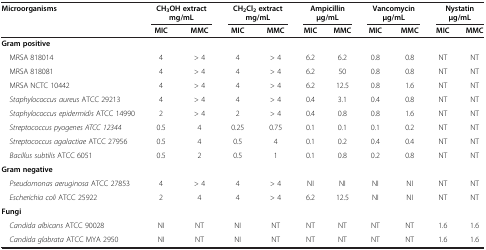
<table><thead><tr><td rowspan="2"><b>Microorganisms</b></td><td colspan="2"><b>CH<sub>3</sub>OH extract mg/mL</b></td><td colspan="2"><b>CH<sub>2</sub>Cl<sub>2 </sub>extract mg/mL</b></td><td colspan="2"><b>Ampicillin μg/mL</b></td><td colspan="2"><b>Vancomycin μg/mL</b></td><td colspan="2"><b>Nystatin μg/mL</b></td></tr><tr><td><b>MIC</b></td><td><b>MMC</b></td><td><b>MIC</b></td><td><b>MMC</b></td><td><b>MIC</b></td><td><b>MMC</b></td><td><b>MIC</b></td><td><b>MMC</b></td><td><b>MIC</b></td><td><b>MMC</b></td></tr></thead><tbody><tr><td><b>Gram positive</b></td><td> </td><td> </td><td> </td><td> </td><td> </td><td> </td><td> </td><td> </td><td> </td><td> </td></tr><tr><td> MRSA 818014</td><td>4</td><td>&gt; 4</td><td>4</td><td>&gt; 4</td><td>6.2</td><td>6.2</td><td>0.8</td><td>0.8</td><td>NT</td><td>NT</td></tr><tr><td> MRSA 818081</td><td>4</td><td>&gt; 4</td><td>4</td><td>&gt; 4</td><td>6.2</td><td>50</td><td>0.8</td><td>0.8</td><td>NT</td><td>NT</td></tr><tr><td> MRSA NCTC 10442</td><td>4</td><td>&gt; 4</td><td>4</td><td>&gt; 4</td><td>6.2</td><td>12.5</td><td>0.8</td><td>1.6</td><td>NT</td><td>NT</td></tr><tr><td> <i>Staphylococcus aureus</i> ATCC 29213</td><td>4</td><td>&gt; 4</td><td>4</td><td>&gt; 4</td><td>0.4</td><td>3.1</td><td>0.4</td><td>0.8</td><td>NT</td><td>NT</td></tr><tr><td> <i>Staphylococcus epidermidis</i> ATCC 14990</td><td>2</td><td>&gt; 4</td><td>2</td><td>&gt; 4</td><td>0.4</td><td>0.8</td><td>0.8</td><td>1.6</td><td>NT</td><td>NT</td></tr><tr><td> <i>Streptococcus pyogenes ATCC 12344</i></td><td>0.5</td><td>4</td><td>0.25</td><td>0.75</td><td>0.1</td><td>0.1</td><td>0.1</td><td>0.2</td><td>NT</td><td>NT</td></tr><tr><td> <i>Streptococcus agalactiae</i> ATCC 27956</td><td>0.5</td><td>4</td><td>0.5</td><td>4</td><td>0.1</td><td>0.2</td><td>0.4</td><td>0.4</td><td>NT</td><td>NT</td></tr><tr><td> <i>Bacillus subtilis</i> ATCC 6051</td><td>0.5</td><td>2</td><td>0.5</td><td>1</td><td>0.1</td><td>0.8</td><td>0.2</td><td>0.8</td><td>NT</td><td>NT</td></tr><tr><td><b>Gram negative</b></td><td> </td><td> </td><td> </td><td> </td><td> </td><td> </td><td> </td><td> </td><td> </td><td> </td></tr><tr><td> <i>Pseudomonas aeruginosa</i> ATCC 27853</td><td>4</td><td>&gt; 4</td><td>4</td><td>&gt; 4</td><td>NI</td><td>NI</td><td>NI</td><td>NI</td><td>NT</td><td>NT</td></tr><tr><td> <i>Escherichia coli</i> ATCC 25922</td><td>2</td><td>4</td><td>4</td><td>&gt; 4</td><td>6.2</td><td>12.5</td><td>NI</td><td>NI</td><td>NT</td><td>NT</td></tr><tr><td><b>Fungi</b></td><td> </td><td> </td><td> </td><td> </td><td> </td><td> </td><td> </td><td> </td><td> </td><td> </td></tr><tr><td> <i>Candida albicans</i> ATCC 90028</td><td>NI</td><td>NT</td><td>NI</td><td>NT</td><td>NT</td><td>NT</td><td>NT</td><td>NT</td><td>1.6</td><td>1.6</td></tr><tr><td> <i>Candida glabrata</i> ATCC MYA 2950</td><td>NI</td><td>NT</td><td>NI</td><td>NT</td><td>NT</td><td>NT</td><td>NT</td><td>NT</td><td>1.6</td><td>1.6</td></tr></tbody></table>